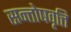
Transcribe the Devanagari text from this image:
सन्तोषवृत्ति